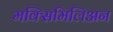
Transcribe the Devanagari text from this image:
मक्सिमिलिअन